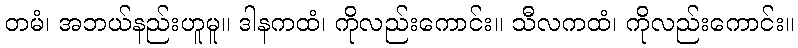
တမံ၊ အဘယ်နည်းဟူမူ။ ဒါနကထံ၊ ကိုလည်းကောင်း။ သီလကထံ၊ ကိုလည်းကောင်း။